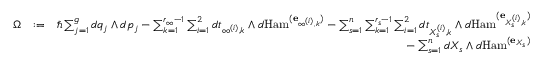
\begin{array} { r l r } { \Omega } & { : = } & { \hbar \sum _ { j = 1 } ^ { g } d q _ { j } \wedge d p _ { j } - \sum _ { k = 1 } ^ { r _ { \infty } - 1 } \sum _ { i = 1 } ^ { 2 } d t _ { \infty ^ { ( i ) } , k } \wedge d \mathrm { H a m } ^ { ( \mathbf { e } _ { \infty ^ { ( i ) } , k } ) } - \sum _ { s = 1 } ^ { n } \sum _ { k = 1 } ^ { r _ { s } - 1 } \sum _ { i = 1 } ^ { 2 } d t _ { X _ { s } ^ { ( i ) } , k } \wedge d \mathrm { H a m } ^ { ( \mathbf { e } _ { X _ { s } ^ { ( i ) } , k } ) } } \\ & { } & { - \sum _ { s = 1 } ^ { n } d X _ { s } \wedge d \mathrm { H a m } ^ { ( \mathbf { e } _ { X _ { s } } ) } } \end{array}